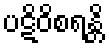
ပဋိဝိစရန္တိ